Annual administration report of the Civil Veterinary Department of India - 1898-1899
Year: 1898
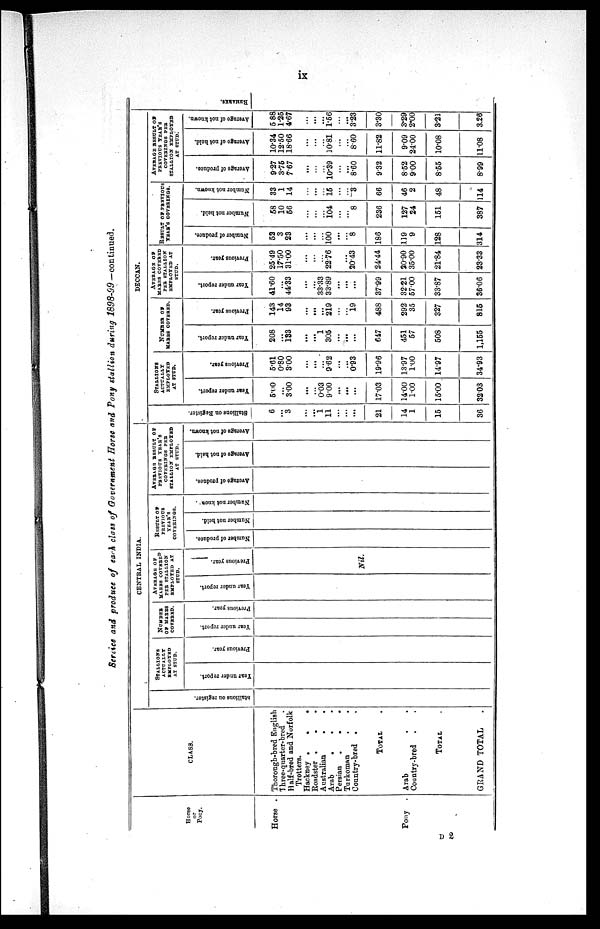
ix
Service and produce of each class of Government Horse and Pony stallion during 1898-99— continued.
Horse
or
Pony.
Horse .
Pony .
CLASS.
Thorough-bred English
Three-quarter-bred .
Half-bred and Norfolk
Trotters.
Hackney .
.
.
Roadster .
.
.
Australian
.
.
Arab
.
.
Persian
.
.
.
Turkoman ..
Country-bred ..
TOTAL .
Arab . .
Country-bred . .
TOTAL .
GRAND TOTAL .
CENTRAL INDIA.
Stallions on register.
STALLIONS
ACTUALLY
EMPLOYED
AT STUD.
Year under report.
Previous year.
NUMBER
OF MARES
COVERED.
Year under report.
Previous year.
AVERAGE OF
MARES COVERED
PER STALLION
EMPLOYED AT
STUD.
Year under report.
Previous year.
Nil.
RESULT OF
PREVIOUS
YEAR'S
COVERINGS.
Number of produce.
Number not held.
Number not know
AVERAGE
RESULT OF
PREVIOUS
YEAR'S
COVERINGS PER
STALLION EMPLOYED
AT STUD.
Average of produce.
Average of not held.
Average of not known.
Stallions on Register.
6
...
3
...
...
...
1
11
...
...
...
21
14
1
15
36
DECCAN.
STALLIONS
ACTUALLY
EMPLOYED
AT STUD.
Year under report,
5.00
...
3.00
...
...
...
0.03
9.00
...
...
...
17.03
14.00
1.00
15.00
32.03
Previous year.
5.61
0.80
3.00
...
...
...
...
9.62
...
...
0.93
19.96
13.97
1.00
14.97
34.93
NUMBER
OF
MARES COVERED.
Year under report.
208
...
133
...
...
...
1
305
...
...
...
647
451
57
508
1,155
Previous year.
143
14
93
...
...
...
...
219
...
...
19
488
292
35
327
815
AVERAGE OF
MARES COVERED
PER STALLION
EMPLOYED AT
STUD.
Year
under report.
41.60
...
44.33
...
...
...
33.33
33.89
...
...
...
37.99
32.21
57.00
33.87
36.06
Previous year.
25.49
17.50
31.00
...
...
...
...
22.76
...
...
20.43
24.44
20.90
35.00
21.84
23.33
RESULT OF PREVIOUS
YEAR'S COVERINGS.
Number of produce.
52
3
23
...
...
...
...
100
...
...
8
186
119
9
128
314
Number not held.
58
10
56
...
...
...
...
104
...
...
8
236
127
24
151
387
Number not known.
33
1
14
...
...
...
...
15
...
...
3
66
46
2
48
114
AVERAGE RESULT OF
PREVIOUS
YEAR'S
COVERINGS PER
STALLION EMPLOYED
AT STUD.
Average of produce.
9.27
3.76
7.67
...
...
...
...
10.39
...
...
8.60
9.32
8.52
9.00
8.55
8.99
Average of not held.
10.34
12.50
18.66
...
...
...
...
10.81
...
...
8.60
11.82
9.09
24.00
10.08
11.08
Average of not known.
5 88
1.25
4.67
...
...
...
...
1.56
...
...
3.23
3.30
3.29
2.00
3.21
3.26
REMARKS .
D 2